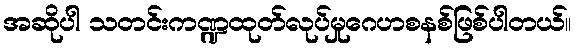
အဆိုပါ သတင်းကဏ္ဍထုတ်လုပ်မှုဂေဟစနစ်ဖြစ်ပါတယ်။